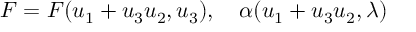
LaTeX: F = F ( u _ { 1 } + u _ { 3 } u _ { 2 } , u _ { 3 } ) , \quad \alpha ( u _ { 1 } + u _ { 3 } u _ { 2 } , \lambda )